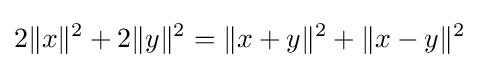
2\|x\|^{2}+2\|y\|^{2}=\|x+y\|^{2}+\|x-y\|^{2}